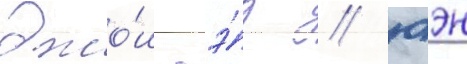
джо́ш гэ́д / юэн